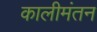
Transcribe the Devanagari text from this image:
कालीमंतन